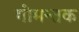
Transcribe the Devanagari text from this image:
गोमन्तक